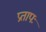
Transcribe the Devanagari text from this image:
प्रतापः